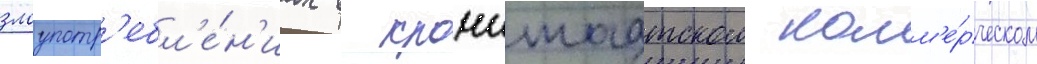
злоупотр'ебл'е́н'иах в кронштадтском комм'е́рческом